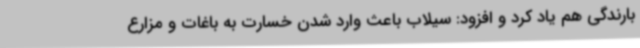
بارندگی هم یاد کرد و افزود: سیلاب باعث وارد شدن خسارت به باغات و مزارع